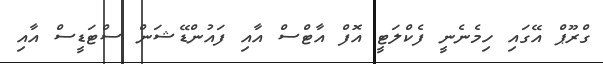
ގްރޫޕް އޭގައި ހިމެނެނީ ފެކްލަޓީ އޮފް އާޓްސް އާއި ފައުންޑޭޝަން ސްޓަޑީސް އާއި